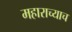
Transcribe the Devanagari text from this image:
महाराच्याच